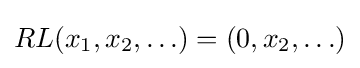
RL(x_{1},x_{2},\ldots )=(0,x_{2},\ldots )